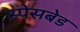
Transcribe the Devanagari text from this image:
स्पेसबेड